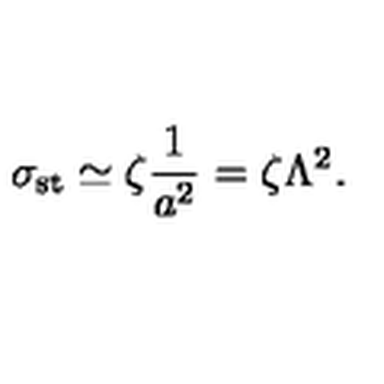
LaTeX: \sigma _ { \mathrm { s t } } \simeq \zeta \frac { 1 } { a ^ { 2 } } = \zeta \Lambda ^ { 2 } .